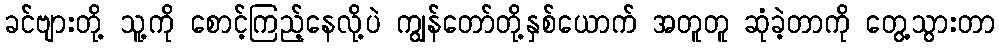
ခင်ဗျားတို့ သူ့ကို စောင့်ကြည့်နေလို့ပဲ ကျွန်တော်တို့နှစ်ယောက် အတူတူ ဆုံခဲ့တာကို တွေ့သွားတာ